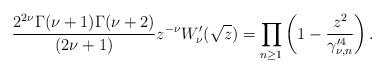
LaTeX: \begin{align*}\frac{2^{2\nu}\Gamma(\nu+1)\Gamma(\nu+2)}{(2\nu+1)}z^{-\nu}W'_{\nu}(\sqrt{z})=\prod_{n\geq 1}\left(1-\frac{z^2}{\gamma'^4_{\nu,n}}\right).\end{align*}